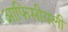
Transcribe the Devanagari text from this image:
आफिसीयली